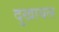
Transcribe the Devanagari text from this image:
दुखायल